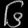
Digit: ၆